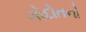
ગોદોતનો